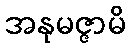
အနုမဇ္ဇာမိ